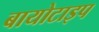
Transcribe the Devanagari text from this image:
बायोटाइप